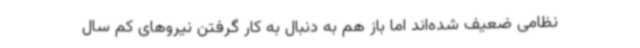
نظامی ضعیف شده‌اند اما باز هم به دنبال به کار گرفتن نیروهای کم سال